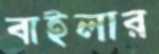
বাইলার